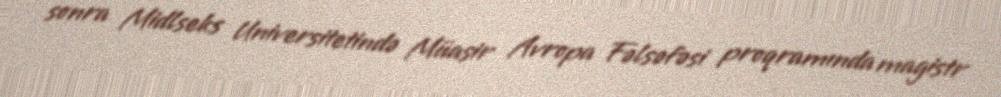
sonra Midlseks Universitetində Müasir Avropa Fəlsəfəsi proqramında magistr